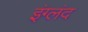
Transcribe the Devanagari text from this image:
इंग्लंद